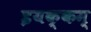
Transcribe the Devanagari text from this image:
इयक्कम्